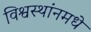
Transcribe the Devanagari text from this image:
विश्वस्थांनमधे